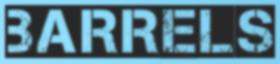
BARRELS